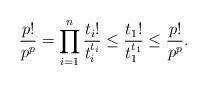
LaTeX: \begin{align*}\frac{p!}{p^p} = \prod_{i = 1}^n\frac{t_i!}{t_i^{t_i}} \leq \frac{t_1!}{t_1^{t_1 }} \leq \frac{p!}{p^p}.\end{align*}